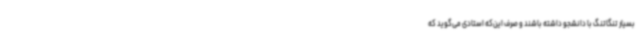
بسیار تنگاتنگ با دانشجو داشته باشند و صرف این‌که استادی می‌گوید که